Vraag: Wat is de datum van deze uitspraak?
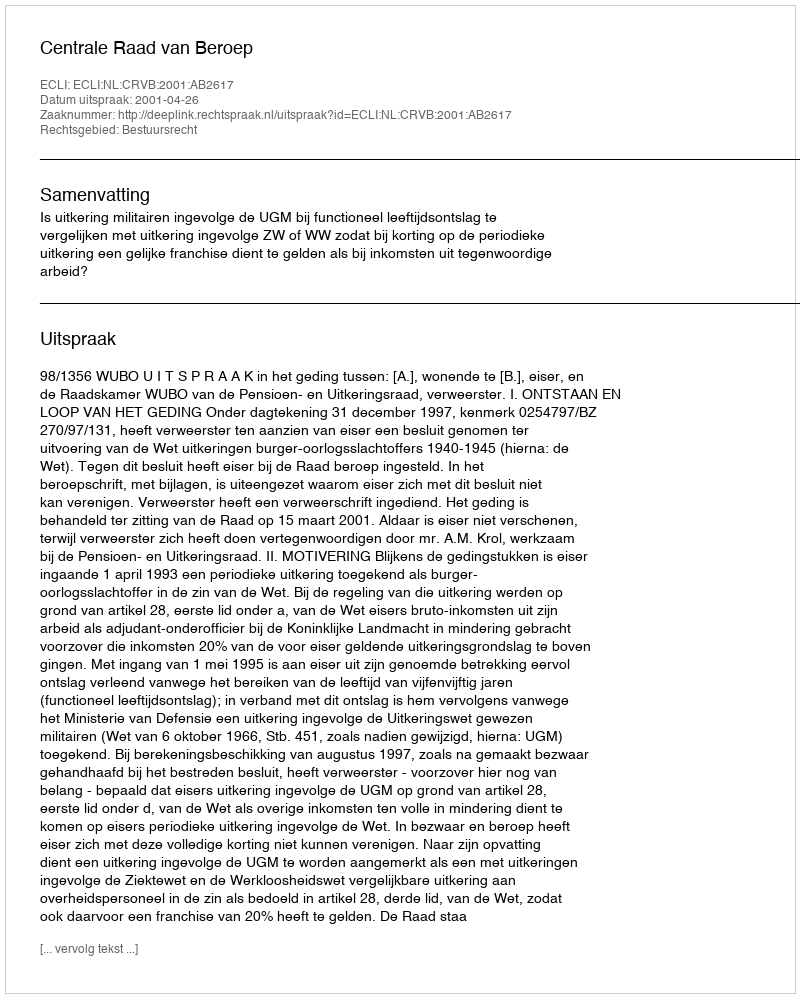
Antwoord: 2001-04-26